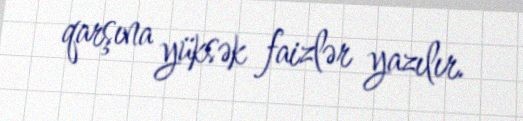
qarşına yüksək faizlər yazılır.